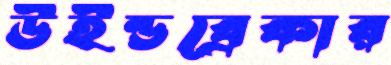
উইন্ডব্রেকার